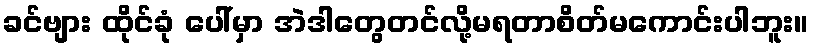
ခင်ဗျား ထိုင်ခုံ ပေါ်မှာ အဲဒါတွေတင်လို့မရတာစိတ်မကောင်းပါဘူး။